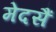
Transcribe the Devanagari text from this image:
मेदसैं